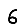
Digit: 6